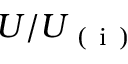
U / U _ { \mathrm { ~ ( ~ i ~ ) ~ } }